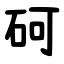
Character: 砢